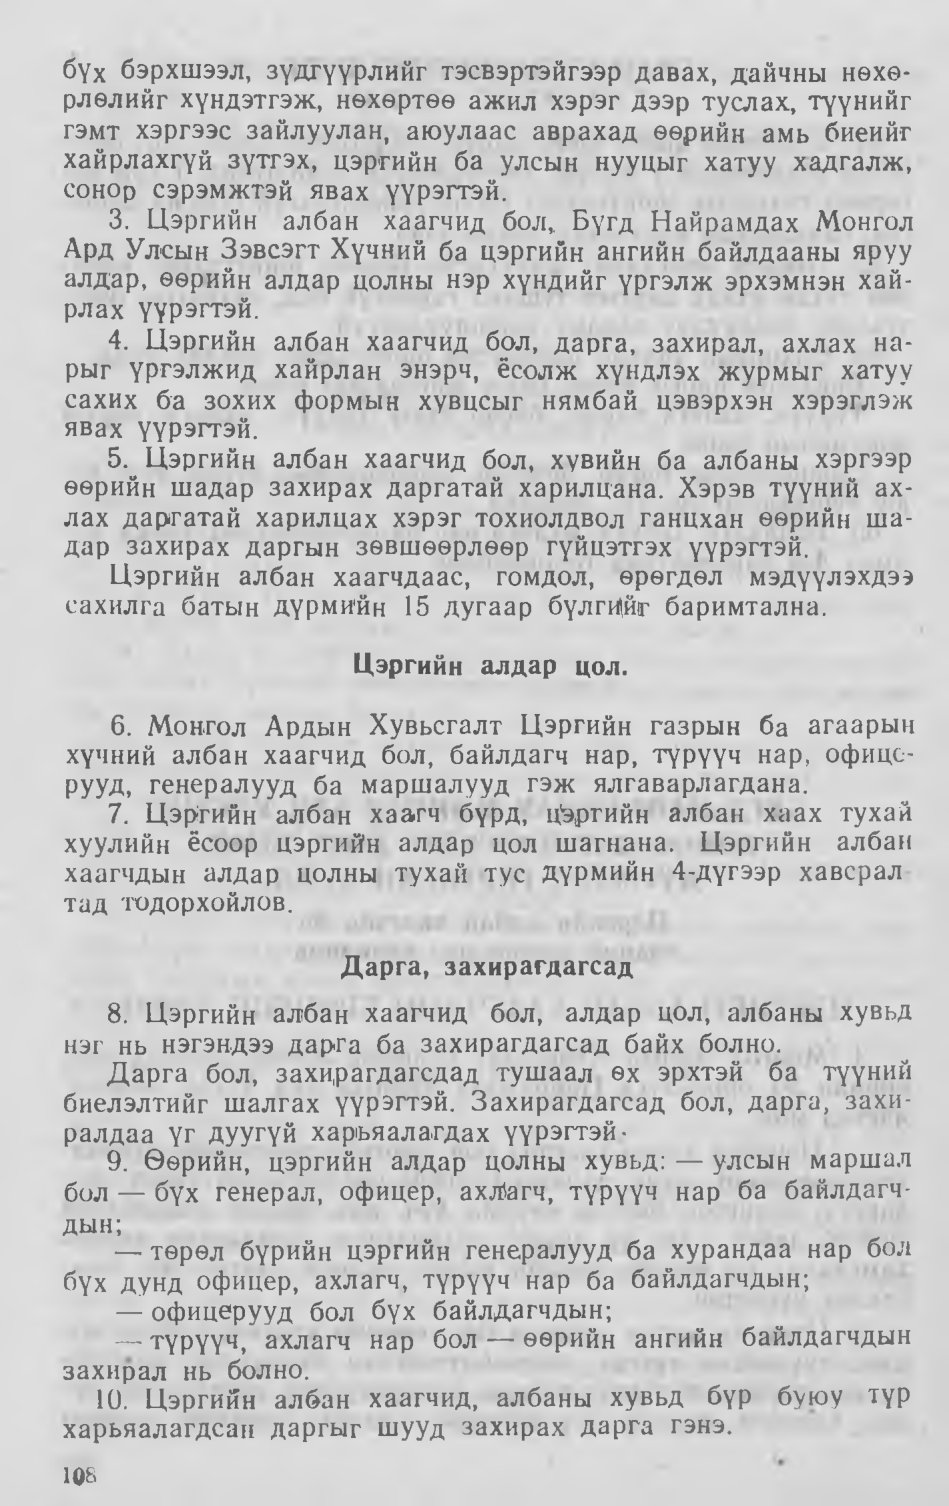
Language: mn